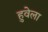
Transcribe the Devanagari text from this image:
हुवेला